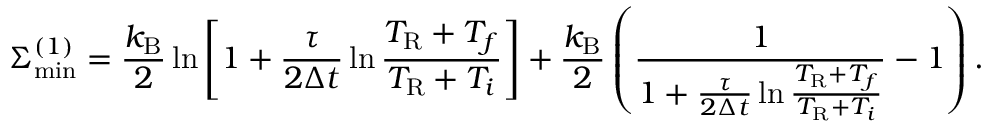
\Sigma _ { \mathrm { m i n } } ^ { ( 1 ) } = \frac { k _ { \mathrm { B } } } { 2 } \ln \left[ 1 + \frac { \tau } { 2 \Delta t } \ln \frac { T _ { \mathrm { R } } + T _ { f } } { T _ { \mathrm { R } } + T _ { i } } \right] + \frac { k _ { \mathrm { B } } } { 2 } \left( \frac { 1 } { 1 + \frac { \tau } { 2 \Delta t } \ln \frac { T _ { \mathrm { R } } + T _ { f } } { T _ { \mathrm { R } } + T _ { i } } } - 1 \right) .